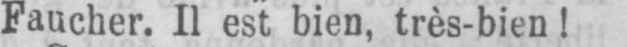
Faucher. Il est bien, très-bien!